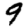
Digit: 9